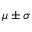
\mu \pm \sigma